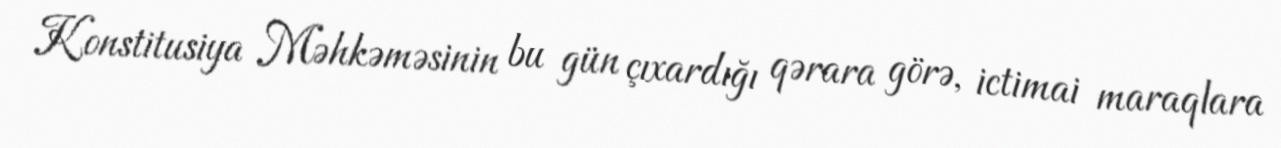
Konstitusiya Məhkəməsinin bu gün çıxardığı qərara görə, ictimai maraqlara